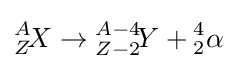
{}_{Z}^{A}\!X\to {}_{Z-2}^{A-4}\!Y+{}_{2}^{4}\alpha